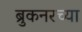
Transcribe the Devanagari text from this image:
ब्रुकनरच्या